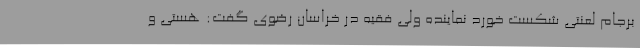
برجام لعنتی شکست خورد نماینده ولی فقیه در خراسان رضوی گفت: هستی و